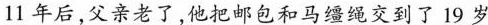
11年后,父亲老了,他把邮包和马缰绳交到了19岁